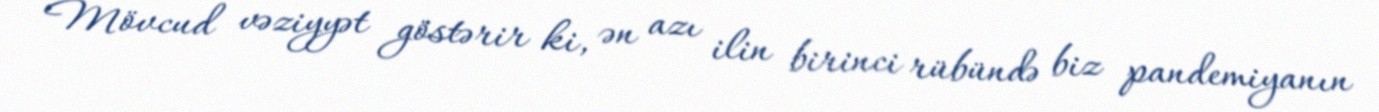
Mövcud vəziyyət göstərir ki, ən azı ilin birinci rübündə biz pandemiyanın